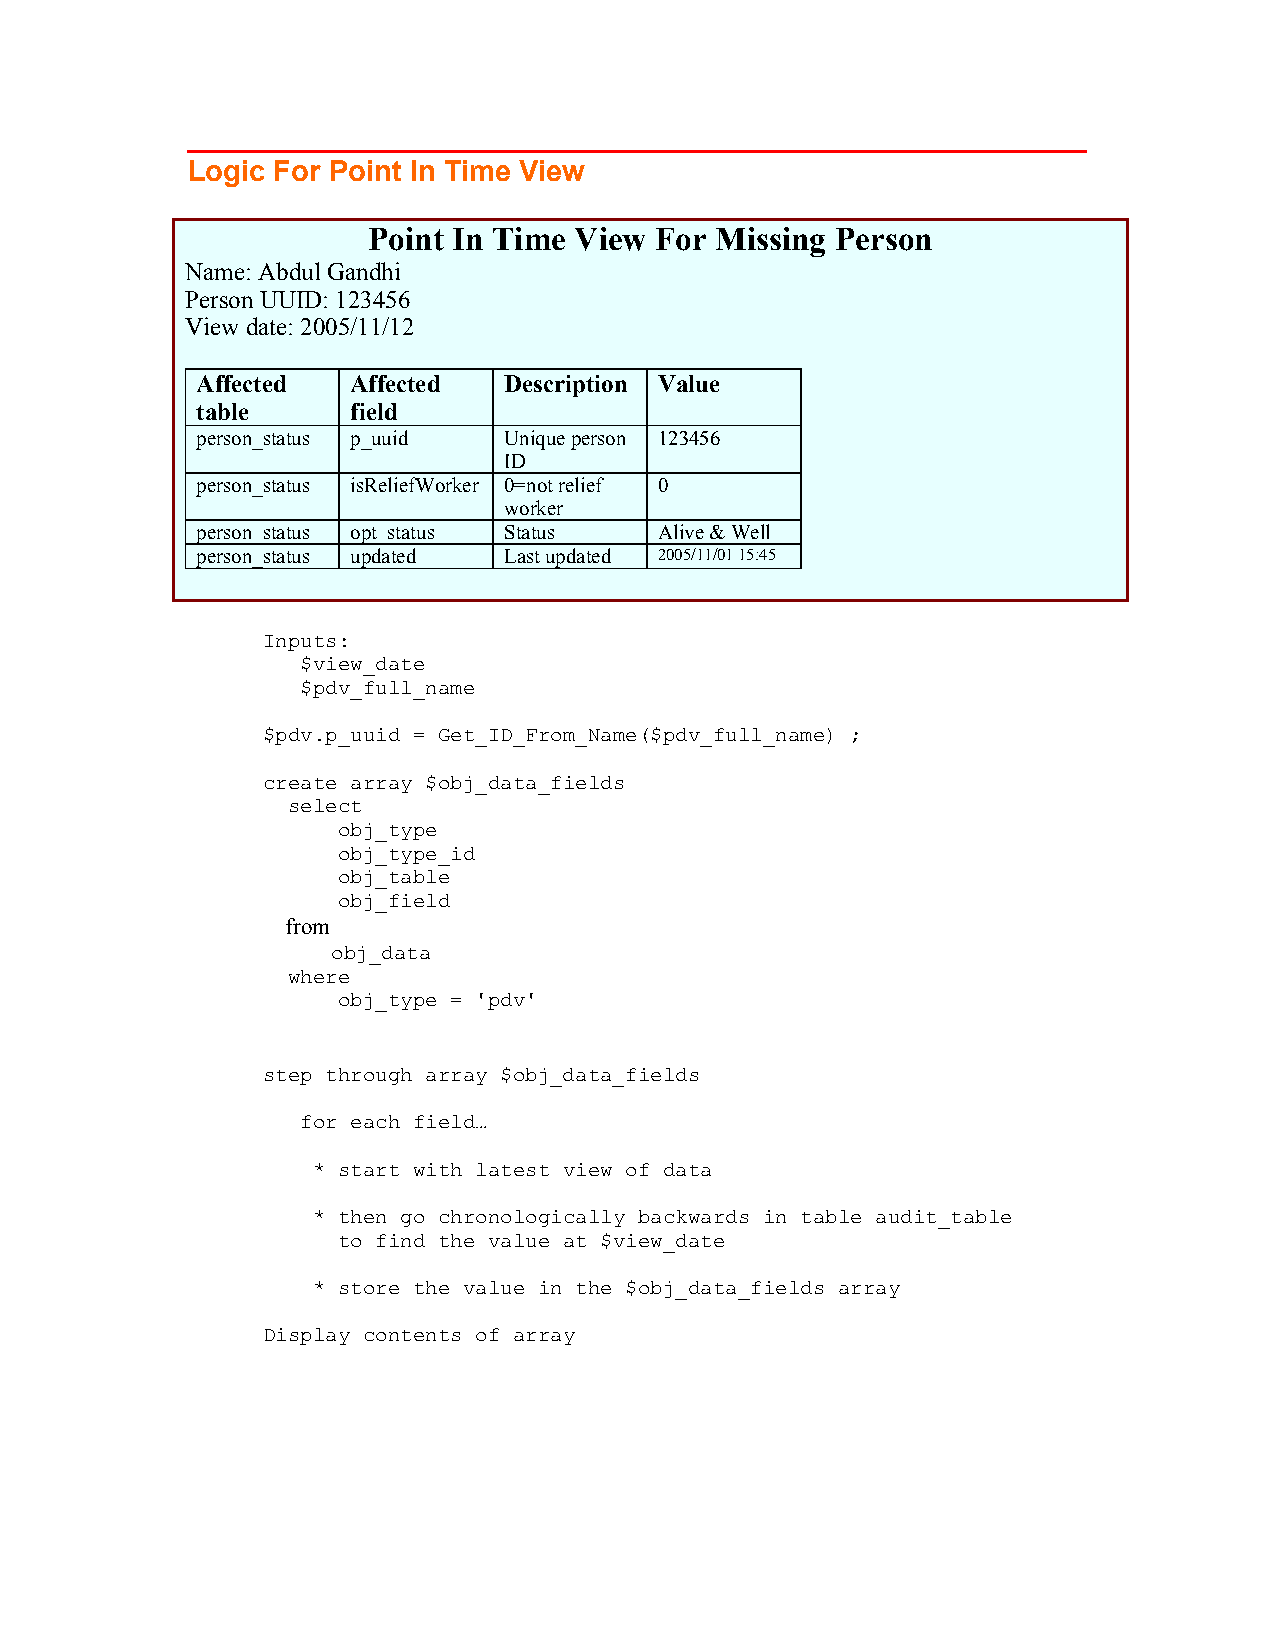
Logic For Point In Time View
 Point In Time View For Missing Person
 Name: Abdul Gandhi
 Person UUID: 123456
 View date: 2005/11/12
 Affected  Affected  Description Value
 table     field
 person_status p_uuid Unique person 123456
 ID
 person_status isReliefWorker 0=not relief 0
 worker
 person_status opt_status Status Alive & Well
 person_status updated Last updated 2005/11/01 15:45
 Inputs:
 $view_date
 $pdv_full_name
 $pdv.p_uuid = Get_ID_From_Name($pdv_full_name) ;
 create array $obj_data_fields
 select
 obj_type
 obj_type_id
 obj_table
 obj_field
 from
 obj_data
 where
 obj_type = 'pdv'
 step through array $obj_data_fields
 for each field…
 * start with latest view of data
 * then go chronologically backwards in table audit_table
 to find the value at $view_date
 * store the value in the $obj_data_fields array
 Display contents of array